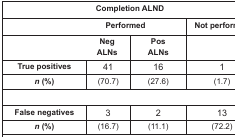
| <COLSPAN=4> Completion ALND |
 | --- | --- | --- | --- |
 | <COLSPAN=3> Performed | Not performed |
 | <COLSPAN=2> Neg ALNs | Pos ALNs |  |
 | True positives | 41 | 16 | 1 |
 | n (%) | (70.7) | (27.6) | (1.7) |
 | False negatives | 3 | 2 | 13 |
 | n (%) | (16.7) | (11.1) | (72.2) |